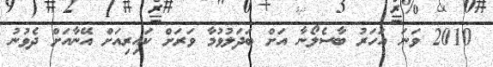
2010 ވަނަ އަހަރު ބާސެލޯނާ އަށް ބަދަލުވުމާ ވަރަށް ކައިރިއަށް އޭނާއަށް ދެވުނު